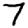
Digit: 7